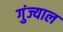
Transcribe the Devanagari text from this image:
गुंज्याल